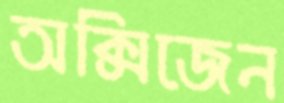
অক্সিজেন